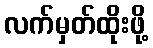
လက်မှတ်ထိုးဖို့